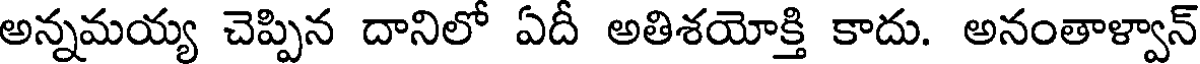
అన్నమయ్య చెప్పిన దానిలో ఏదీ అతిశయోక్తి కాదు. అనంతాళ్వాన్